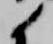
候